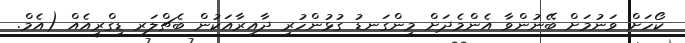
ކޯހަށް ވަނުމަށް ބޭނުންވާ އެންމެދަށް މިންގަނޑު ގުޅުންހުރި ދާއިރާއަކުން ބެޗްލަރ ޑިގްރީއެއް (އެމް.